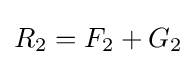
R_{2}=F_{2}+G_{2}